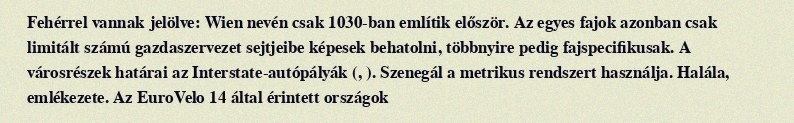
Fehérrel vannak jelölve: Wien nevén csak 1030-ban említik először. Az egyes fajok azonban csak limitált számú gazdaszervezet sejtjeibe képesek behatolni, többnyire pedig fajspecifikusak. A városrészek határai az Interstate-autópályák (, ). Szenegál a metrikus rendszert használja. Halála, emlékezete. Az EuroVelo 14 által érintett országok